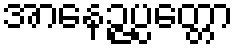
အာနေဉ္ဇပ္ပတ္တော